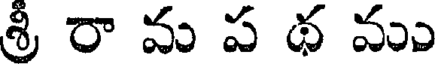
శ్రీ రా మ ప థ ము